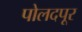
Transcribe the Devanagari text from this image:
पोलदपूर